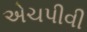
એચપીવી